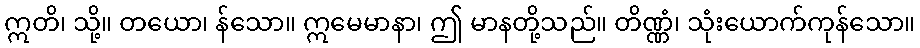
ဣတိ၊ သို့။ တယော၊ န်သော။ ဣမေမာနာ၊ ဤ မာနတို့သည်။ တိဏ္ဏံ၊ သုံးယောက်ကုန်သော။